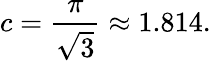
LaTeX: c={\frac{\pi}{\sqrt{3}}}\approx 1.814.